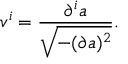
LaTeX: v ^ { i } = \frac { \partial ^ { i } a } { \sqrt { - ( \partial a ) ^ { 2 } } } .